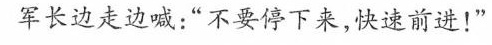
军长边走边喊：”不要停下来，快速前进！”